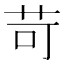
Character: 苛